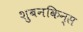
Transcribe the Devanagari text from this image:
शुबनकिन्स